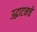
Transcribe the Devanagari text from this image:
उद्घाटनचे